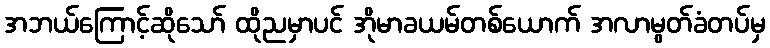
အဘယ်ကြောင့်ဆိုသော် ထိုညမှာပင် အိုမာခယမ်တစ်ယောက် အလာမွတ်ခံတပ်မှ